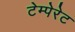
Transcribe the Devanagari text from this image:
टेम्पेरेट